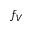
f _ { V }